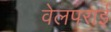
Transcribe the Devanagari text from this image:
वेलपराई